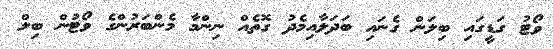
ވޯޓު ގަޑީގައި ބިލަން ގެނައި ބަދަލާއިމެދު ގޮތެއް ނިންމާ މެންބަރުންގެ ވޯޓުން ބިލް